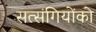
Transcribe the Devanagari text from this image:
सत्‍संगियोंको